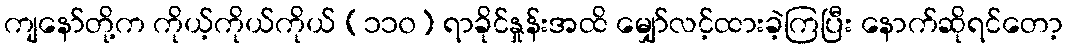
ကျနော်တို့က ကိုယ့်ကိုယ်ကိုယ် (၁၁၀) ရာခိုင်နှုန်းအထိ မျှော်လင့်ထားခဲ့ကြပြီး နောက်ဆိုရင်တော့